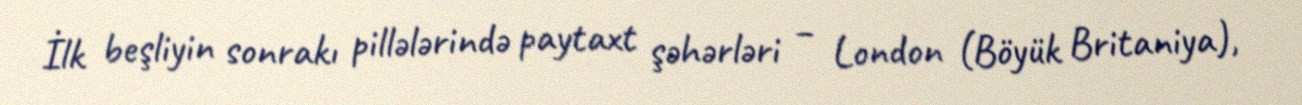
İlk beşliyin sonrakı pillələrində paytaxt şəhərləri – London (Böyük Britaniya),